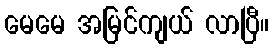
မေမေ အမြင်ကျယ် လာပြီ။